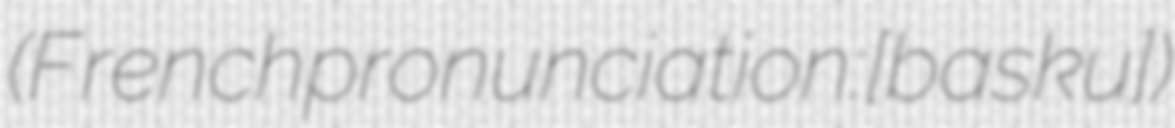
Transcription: (French pronunciation: ​[basɔ̃kuʁ])